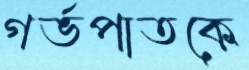
গর্ভপাতকে